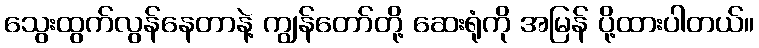
သွေးထွက်လွန်နေတာနဲ့ ကျွန်တော်တို့ ဆေးရုံကို အမြန် ပို့ထားပါတယ်။